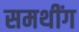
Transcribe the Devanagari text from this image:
समथींग